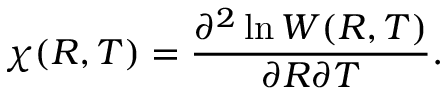
\chi ( R , T ) = \frac { \partial ^ { 2 } \ln W ( R , T ) } { \partial R \partial T } .